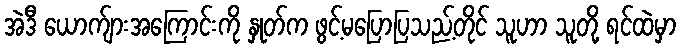
အဲဒီ ယောက်ျားအကြောင်းကို နှုတ်က ဖွင့်မပြောပြသည့်တိုင် သူဟာ သူတို့ ရင်ထဲမှာ